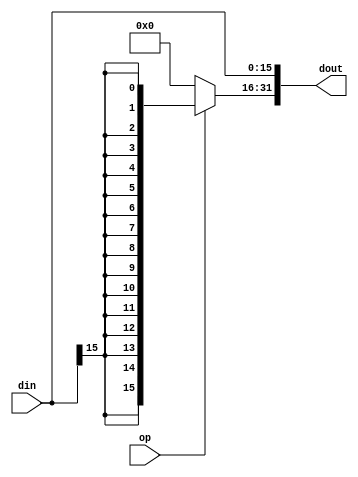
`timescale 1ns / 1ps
//////////////////////////////////////////////////////////////////////////////////
// Company: 
// Engineer: 
// 
// Design Name: 
// Module Name:    EXT_16 
// Project Name: 
// Target Devices: 
// Tool versions: 
// Description: 
//
// Dependencies: 
//
// Revision: 
// Revision 0.01 - File Created
// Additional Comments: 
//
//////////////////////////////////////////////////////////////////////////////////
module ext16(
    input op,
    input [15:0]din,
    output [31:0]dout
    );
assign dout[15:0]=din[15:0];
assign dout[31:16]=op?{din[15],din[15],din[15],din[15],din[15],din[15],din[15],din[15],din[15],din[15],din[15],din[15],din[15],din[15],din[15],din[15]}:16'b0;

endmodule